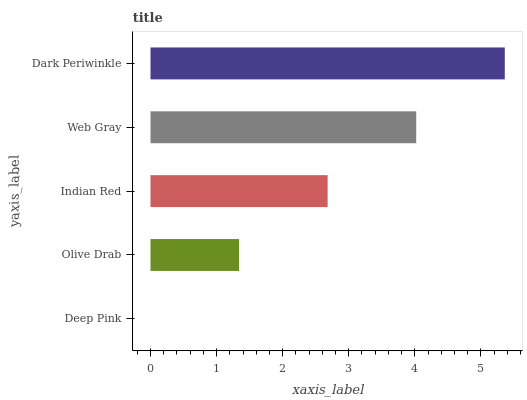
| yaxis_label | bars |
 | --- | --- |
 | Deep Pink | 0 |
 | Olive Drab | 1.34 |
 | Indian Red | 2.68 |
 | Web Gray | 4.02 |
 | Dark Periwinkle | 5.36 |